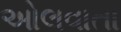
ઓલવાતા